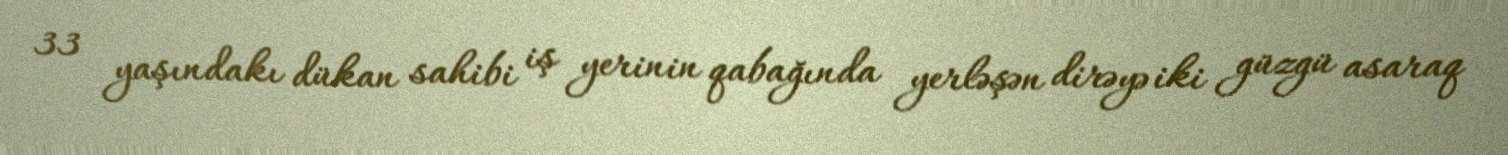
33 yaşındakı dükan sahibi iş yerinin qabağında yerləşən dirəyə iki güzgü asaraq